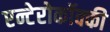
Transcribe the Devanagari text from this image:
एन्टेरोकॉक्की